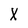
Character: X